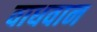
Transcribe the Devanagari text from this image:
वाधवान